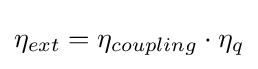
\eta _{ext}=\eta _{coupling}\cdot \eta _{q}